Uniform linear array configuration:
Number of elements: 64
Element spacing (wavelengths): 1
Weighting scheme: uniform
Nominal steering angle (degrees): -60
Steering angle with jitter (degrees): -59.545
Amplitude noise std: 0.05
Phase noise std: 0.05

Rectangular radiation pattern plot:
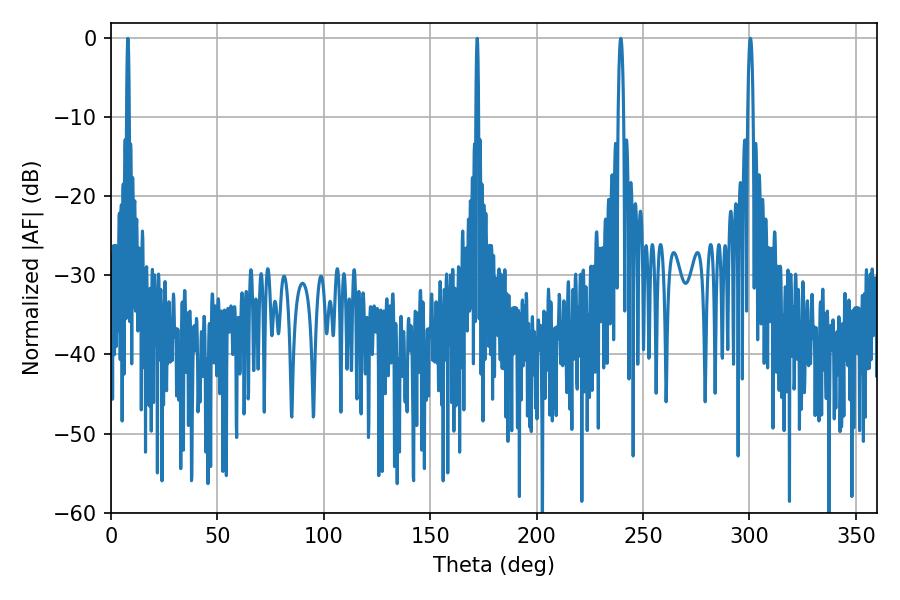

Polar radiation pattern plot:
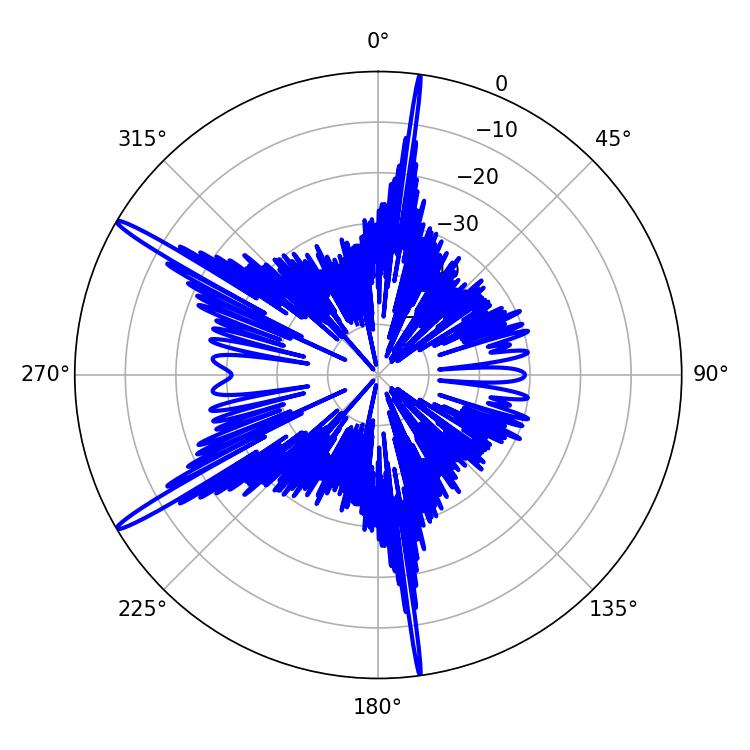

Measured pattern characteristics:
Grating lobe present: TRUE
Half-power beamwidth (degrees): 0.72
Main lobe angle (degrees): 7.92